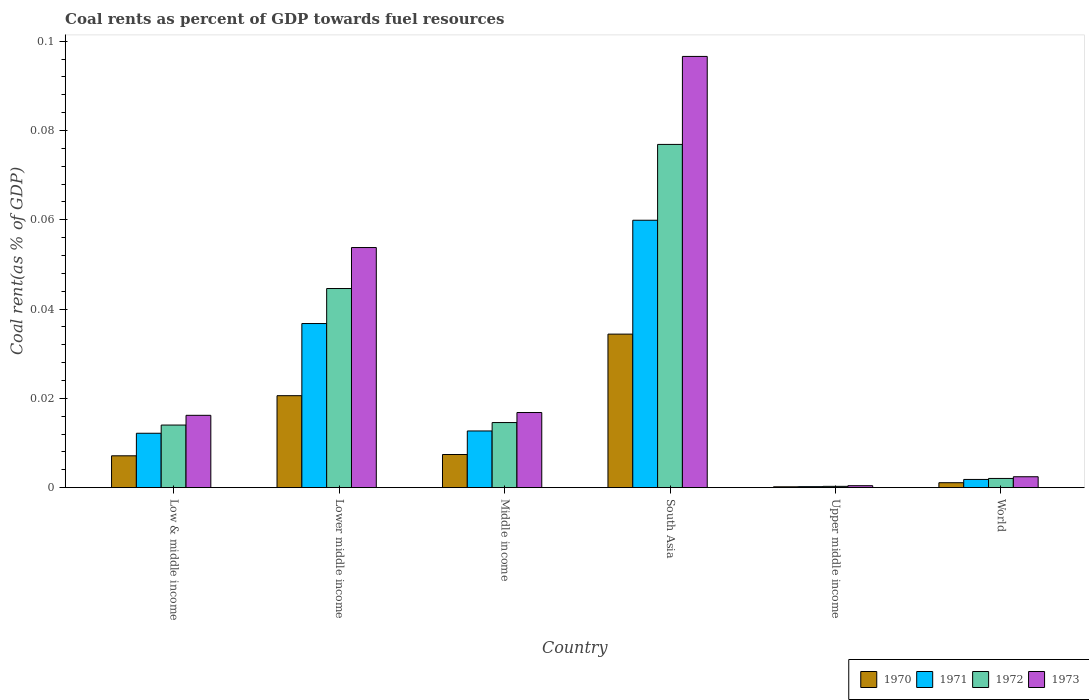
| Country | 1970 | 1971 | 1972 | 1973 |
 | --- | --- | --- | --- | --- |
 | Low & middle income | 0.00713 | 0.0122 | 0.014 | 0.0162 |
 | Lower middle income | 0.0206 | 0.0368 | 0.0446 | 0.0538 |
 | Middle income | 0.00742 | 0.0127 | 0.0146 | 0.0168 |
 | South Asia | 0.0344 | 0.0599 | 0.0769 | 0.0966 |
 | Upper middle income | 0.000184 | 0.000219 | 0.000284 | 0.000431 |
 | World | 0.0011 | 0.00183 | 0.00206 | 0.00244 |